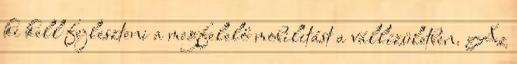
ki kell fejleszteni a megfelelő mobilitást a vállízületben. Az